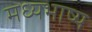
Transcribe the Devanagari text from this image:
मध्यभाष्य